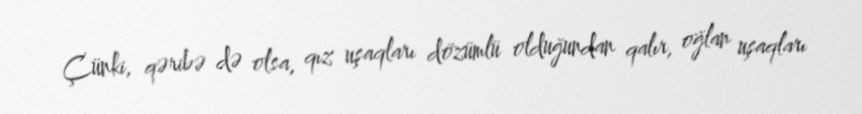
Çünki, qəribə də olsa, qız uşaqları dözümlü olduğundan qalır, oğlan uşaqları